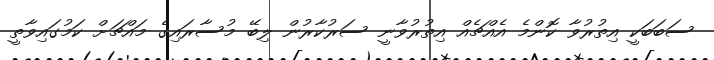
ސަބަބަކީ އިތުރުވާ ކޮންމެ އެއްޗެއް އިތުރުވާނީ ސަރުކާރުން ލިބޭ މުސާރައިގެ މައްޗަށް ކަމުގައިވާތީ